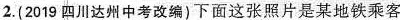
2.(2019四川达州中考改编)下面这张照片是某地铁乘客